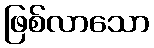
ဖြစ်လာသော